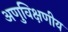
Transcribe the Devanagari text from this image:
अणुविक्षणीय